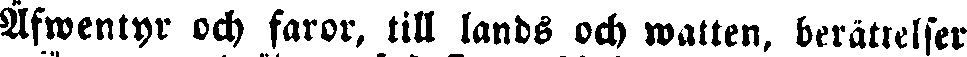
Äfwentyr och faror, till lands och watten, berättelser